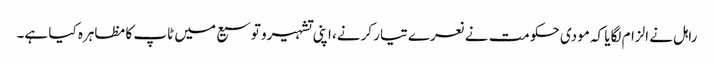
راہل نے الزام لگایا کہ مودی حکومت نے نعرے تیار کرنے، اپنی تشہیرو توسیع میں ٹاپ کا مظاہرہ کیا ہے۔